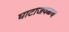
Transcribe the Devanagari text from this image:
घाटाजवळच